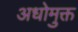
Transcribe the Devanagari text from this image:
अधोमुक्त